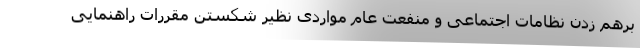
برهم زدن نظامات اجتماعی و منفعت عام مواردی نظیر شکستن مقررات راهنمایی